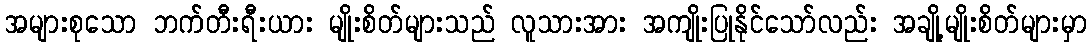
အများစုသော ဘက်တီးရီးယား မျိုးစိတ်များသည် လူသားအား အကျိုးပြုနိုင်သော်လည်း အချို့မျိုးစိတ်များမှာ